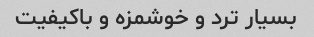
بسیار ترد و خوشمزه و باکیفیت